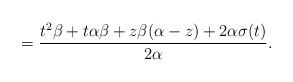
LaTeX: \begin{align*} = \frac{t^2\beta+t\alpha\beta+z\beta(\alpha-z)+2\alpha\sigma(t)}{2\alpha}.\end{align*}